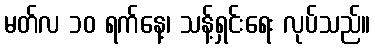
မတ်လ ၁၀ ရက်နေ့၊ သန့်ရှင်းရေး လုပ်သည်။